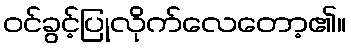
ဝင်ခွင့်ပြုလိုက်လေတော့၏။